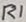
Text: R1